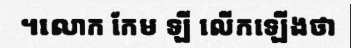
។លោក កែម ឡី លើកឡើងថា